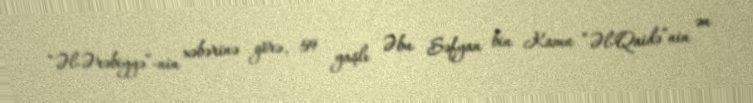
“Əl-Ərəbiyyə”-nin xəbərinə görə, 59 yaşlı Əbu Səfyan bin Kamu “Əl-Qaidə”nin ən